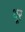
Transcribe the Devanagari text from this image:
थू्र